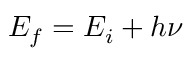
E _ { f } = E _ { i } + h \nu